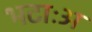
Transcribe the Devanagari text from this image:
भटाःअ